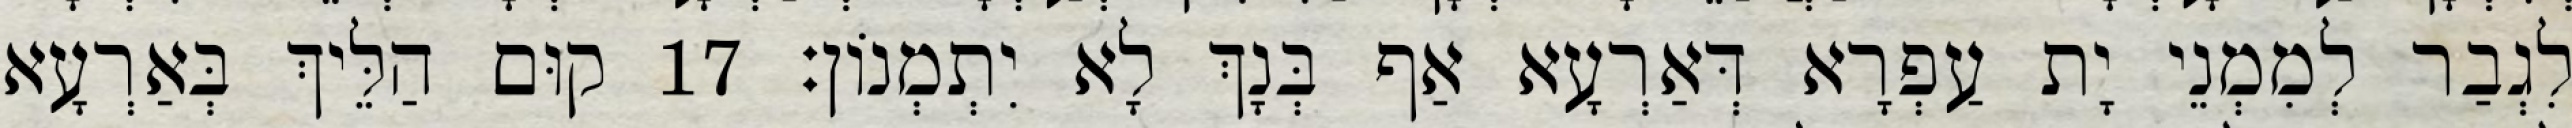
לִגְבַר לְמִמְנֵי יָת עַפְרָא דְּאַרְעָא אַף בְּנָךְ לָא יִתְמְנוֹן׃ 17 קוּם הַלֵּיךְ בְּאַרְעָא